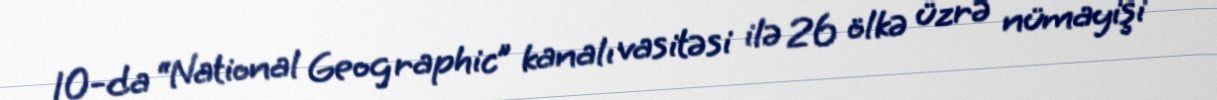
10-da “National Geographic” kanalı vasitəsi ilə 26 ölkə üzrə nümayişi